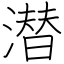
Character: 潜